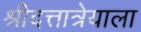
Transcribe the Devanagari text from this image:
श्रीदत्तात्रेयाला